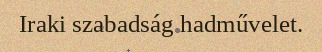
Iraki szabadság hadművelet.